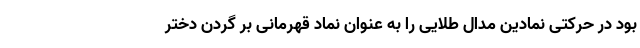
بود در حرکتی نمادین مدال طلایی را به عنوان نماد قهرمانی بر گردن دختر